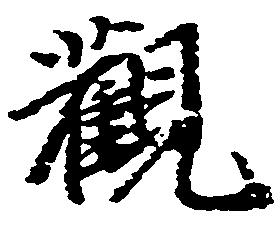
観